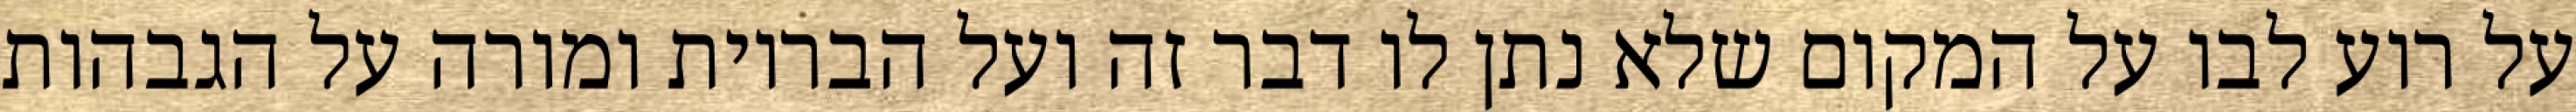
על רוע לבו על המקום שלא נתן לו דבר זה ועל הבריות ומורה על הגבהות